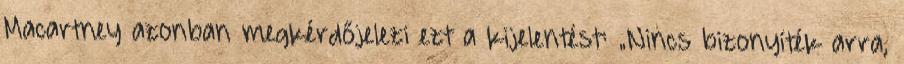
Macartney azonban megkérdőjelezi ezt a kijelentést: „Nincs bizonyíték arra,